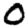
Digit: 0